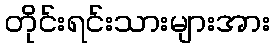
တိုင်းရင်းသားများအား